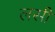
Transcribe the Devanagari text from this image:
लसीं